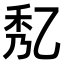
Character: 𠃯